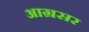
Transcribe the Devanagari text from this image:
आग्रसर